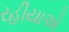
રહીયાએ